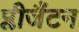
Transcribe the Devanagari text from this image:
प्लीजैंटन